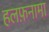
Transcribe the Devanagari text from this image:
हलफ़नामा